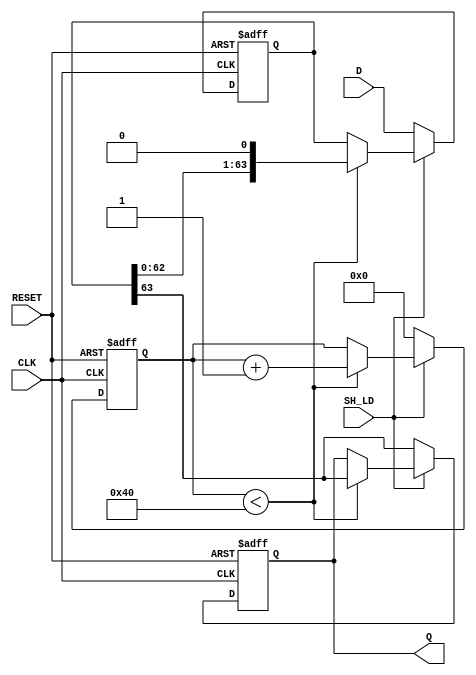
module PISO_Register (
    input wire [63:0] D,       // 64-bit data input
    input wire SH_LD,          // Shift/Load control signal
    input wire CLK,            // Clock signal
    input wire RESET,          // Asynchronous reset signal
    output reg Q               // Serial output
);

    reg [63:0] shift_reg;      // Internal shift register
    reg [5:0] count;           // Bit counter for shifting

    always @(posedge CLK or posedge RESET) begin
        if (RESET) begin
            shift_reg <= 64'b0; // Clear the shift register
            Q <= 1'b0;          // Clear the serial output
            count <= 6'b0;      // Reset the counter
        end else begin
            if (!SH_LD) begin // Load mode
                shift_reg <= D; // Load data into shift register
                Q <= shift_reg[63]; // Set Q to MSB
                count <= 6'b0; // Reset counter
            end else begin // Shift mode
                if (count < 64) begin
                    Q <= shift_reg[63]; // Output the MSB
                    shift_reg <= {shift_reg[62:0], 1'b0}; // Shift right
                    count <= count + 1; // Increment counter
                end
            end
        end
    end

endmodule